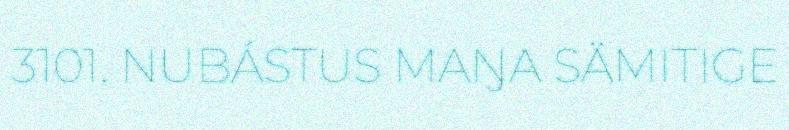
3101. NUBÁSTUS MAŊA SÄMITIGE